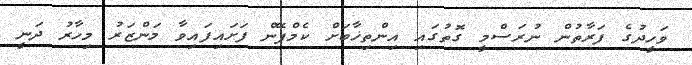
ވަހީދުގެ ފަރާތުން ނުރަސްމީ ގޮތުގައި އިންތިޚާބަށް ކެމްޕޭން ފަށައިފައިވާ މަންޒަރު މިހާރު ދަނީ